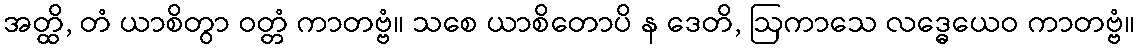
အတ္ထိ, တံ ယာစိတွာ ဝတ္တံ ကာတဗ္ဗံ။ သစေ ယာစိတောပိ န ဒေတိ, ဩကာသေ လဒ္ဓေယေဝ ကာတဗ္ဗံ။